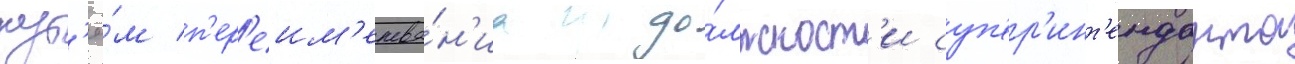
пут'ё́м п'ер'еим'енова́н'иа до́лжност'и суп'ер'инт'енданта